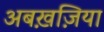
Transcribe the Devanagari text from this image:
अबख़ज़िया